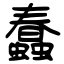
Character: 蠢